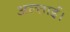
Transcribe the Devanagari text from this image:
अल्ताई।